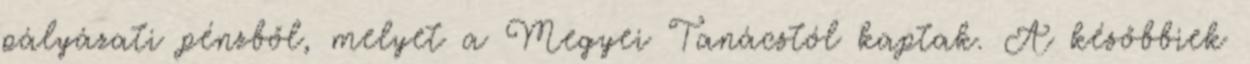
pályázati pénzből, melyet a Megyei Tanácstól kaptak. A későbbiek